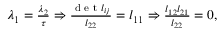
\begin{array} { r } { \lambda _ { 1 } = \frac { \lambda _ { 2 } } { \tau } \Rightarrow \frac { \textrm { d e t } l _ { i j } } { l _ { 2 2 } } = l _ { 1 1 } \Rightarrow \frac { l _ { 1 2 } l _ { 2 1 } } { l _ { 2 2 } } = 0 , } \end{array}